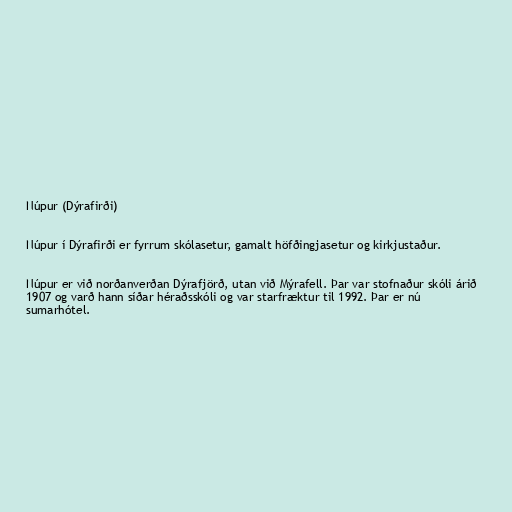
Núpur (Dýrafirði)

Núpur í Dýrafirði er fyrrum skólasetur, gamalt höfðingjasetur og kirkjustaður.

Núpur er við norðanverðan Dýrafjörð, utan við Mýrafell. Þar var stofnaður skóli árið
1907 og varð hann síðar héraðsskóli og var starfræktur til 1992. Þar er nú
sumarhótel.